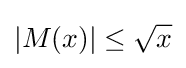
|M(x)|\leq {\sqrt {x}}